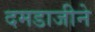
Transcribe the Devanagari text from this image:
दमडाजीने